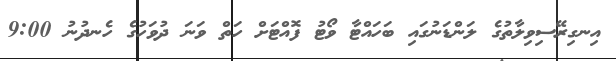
އިނގިރޭސިވިލާތުގެ ލަންޑަނުގައި ބަހައްޓާ ވޯޓު ފޮއްޓަށް ހަތް ވަނަ ދުވަހުގެ ހެނދުނު 9:00